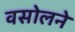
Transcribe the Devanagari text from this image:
वसोलने